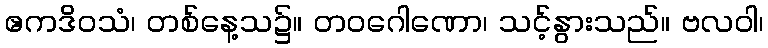
ဧကဒိဝသံ၊ တစ်နေ့သ၌။ တဝဂေါဏော၊ သင့်နွားသည်။ ဗလဝါ၊